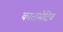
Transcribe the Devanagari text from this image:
कालमेटिव